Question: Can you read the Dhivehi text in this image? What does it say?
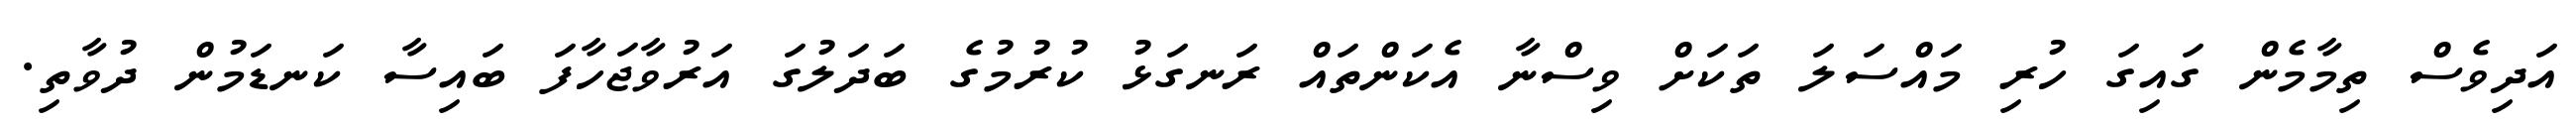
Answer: އަދިވެސް ތިމާމެން ގައިގަ ހުރި މައްސަލަ ތަކަށް ވިސްނާ އެކަންތައް ރަނގަޅު ކުރުމުގެ ބަދަލުގަ އަރުވާޖަހާފަ ބައިސާ ކަނޑަމުން ދުވާތި.